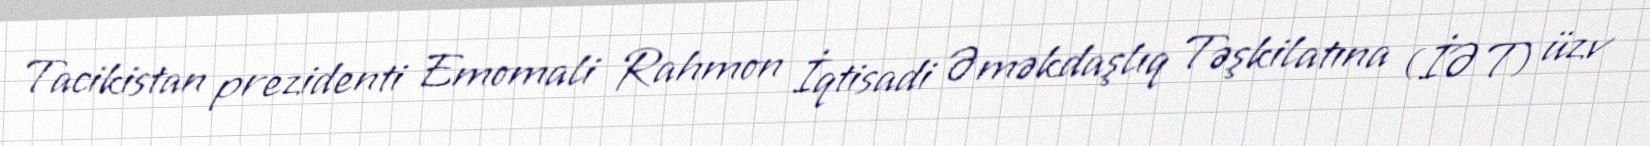
Tacikistan prezidenti Emomali Rahmon İqtisadi Əməkdaşlıq Təşkilatına (İƏT) üzv